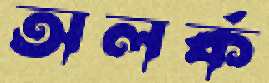
অলর্ক